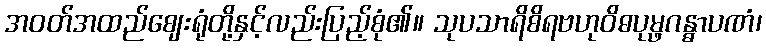
အဝတ်အထည်ဈေးရုံတို့နှင့်လည်းပြည့်စုံ၏။ သုပသာရိစိရဗဟုဝိဓပုမ္ဖဂန္ဓာပဏံ၊